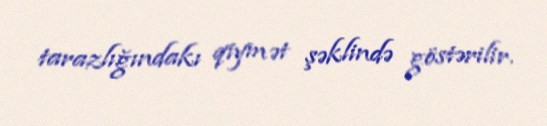
tarazlığındakı qiymət şəklində göstərilir.